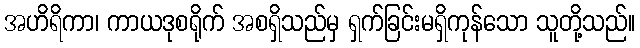
အဟိရိကာ၊ ကာယဒုစရိုက် အစရှိသည်မှ ရှက်ခြင်းမရှိကုန်သော သူတို့သည်။